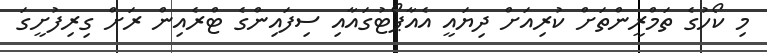
މި ކޯހުގެ ތަމްރީންތަށް ކުރިއަށް ދިޔައީ އެއާޕޯޓުގައާއި ސިފައިންގެ ޓްރެއިން ރަށް ގިރިފުށީގަ